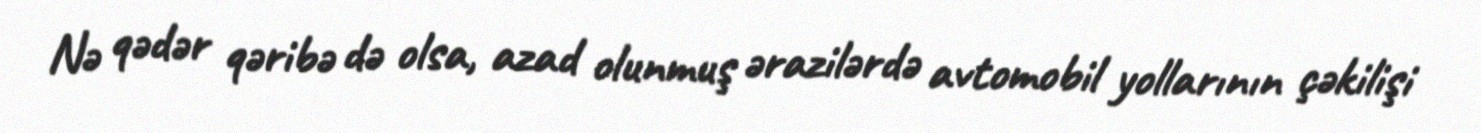
Nə qədər qəribə də olsa, azad olunmuş ərazilərdə avtomobil yollarının çəkilişi